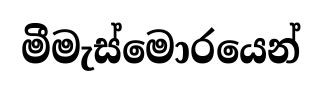
මීමැස්මොරයෙන්